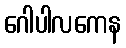
ဂေါပါလကေန